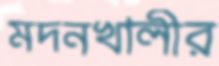
মদনখালীর